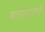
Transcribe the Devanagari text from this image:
मदनोत्सवाचे